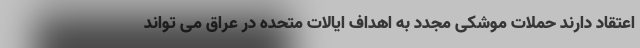
اعتقاد دارند حملات موشکی مجدد به اهداف ایالات متحده در عراق می تواند